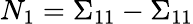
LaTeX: N_{1}=\Sigma_{11}-\Sigma_{11}